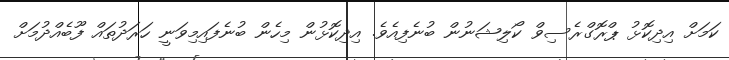
ކަމަށް އިދިކޮޅު ޕްރޮގްރެސިވް ކޯލިޝަނުން ބުނެފިއެވެ. އިދިކޮޅުން މިހެން ބުނެފައިމިވަނީ ހަރަދުތައް ފޫބެއްދުމަށް